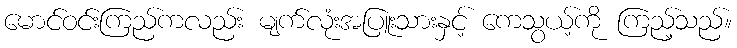
မောင်ဝင်းကြည်ကလည်း မျက်လုံးအပြူးသားနှင့် ကေသွယ့်ကို ကြည့်သည်။